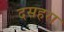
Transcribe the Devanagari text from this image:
दसहरा